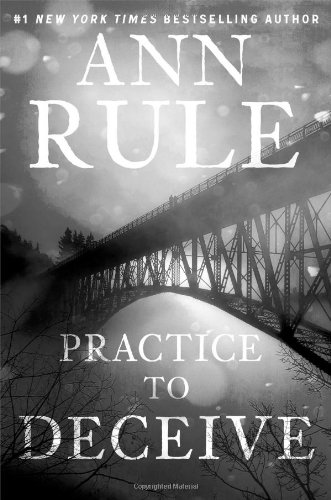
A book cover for Practice to Deceive; Ann Rule; Biographies & Memoirs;